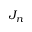
J _ { n }